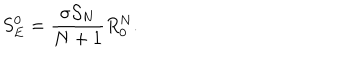
S _ { E } ^ { 0 } = { \frac { \sigma { \cal S } _ { N } } { N + 1 } } R _ { 0 } ^ { N } .